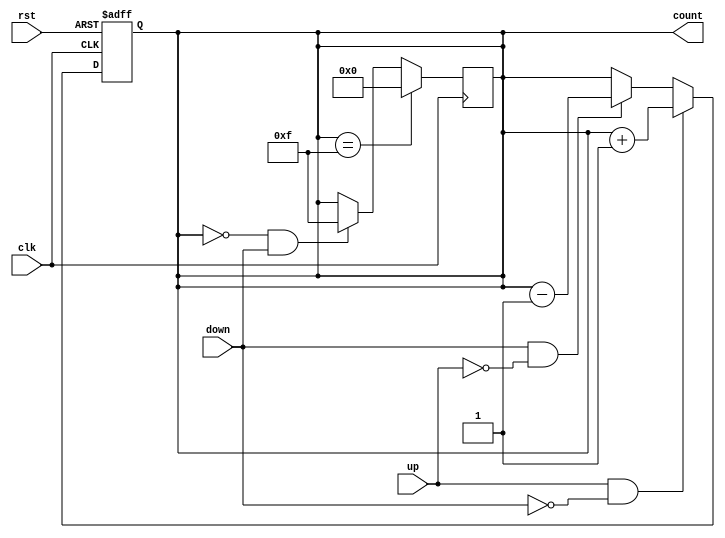
module UpDownCounter #(
    parameter N = 4  // Parameter for the bit-width of the counter
)(
    input wire clk,      // Clock signal
    input wire rst,      // Asynchronous reset
    input wire up,       // Count up control signal
    input wire down,     // Count down control signal
    output reg [N-1:0] count // N-bit output count
);

// Internal state for the counter
always @(posedge clk or posedge rst) begin
    if (rst) begin
        count <= 0; // Reset the counter to zero
    end else begin
        if (up && !down) begin
            count <= count + 1; // Increment the counter
        end else if (down && !up) begin
            count <= count - 1; // Decrement the counter
        end
        // If both up and down are low, retain the current value
    end
end

// Overflow/Underflow handling
always @(posedge clk) begin
    if (count == {N{1'b1}}) begin // If count reaches maximum value (2^N - 1)
        count <= 0; // Roll over to zero
    end else if (count == 0 && down) begin // If count is zero and down is asserted
        count <= {N{1'b1}}; // Roll over to maximum value (2^N - 1)
    end
end

endmodule